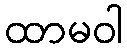
ထာမဝါ